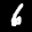
Label: 6